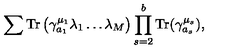
\sum \mathrm { T r } \left( \gamma _ { a _ { 1 } } ^ { \mu _ { 1 } } \lambda _ { 1 } \dots \lambda _ { M } \right) \prod _ { s = 2 } ^ { b } \mathrm { T r } ( \gamma _ { a _ { s } } ^ { \mu _ { s } } ) ,